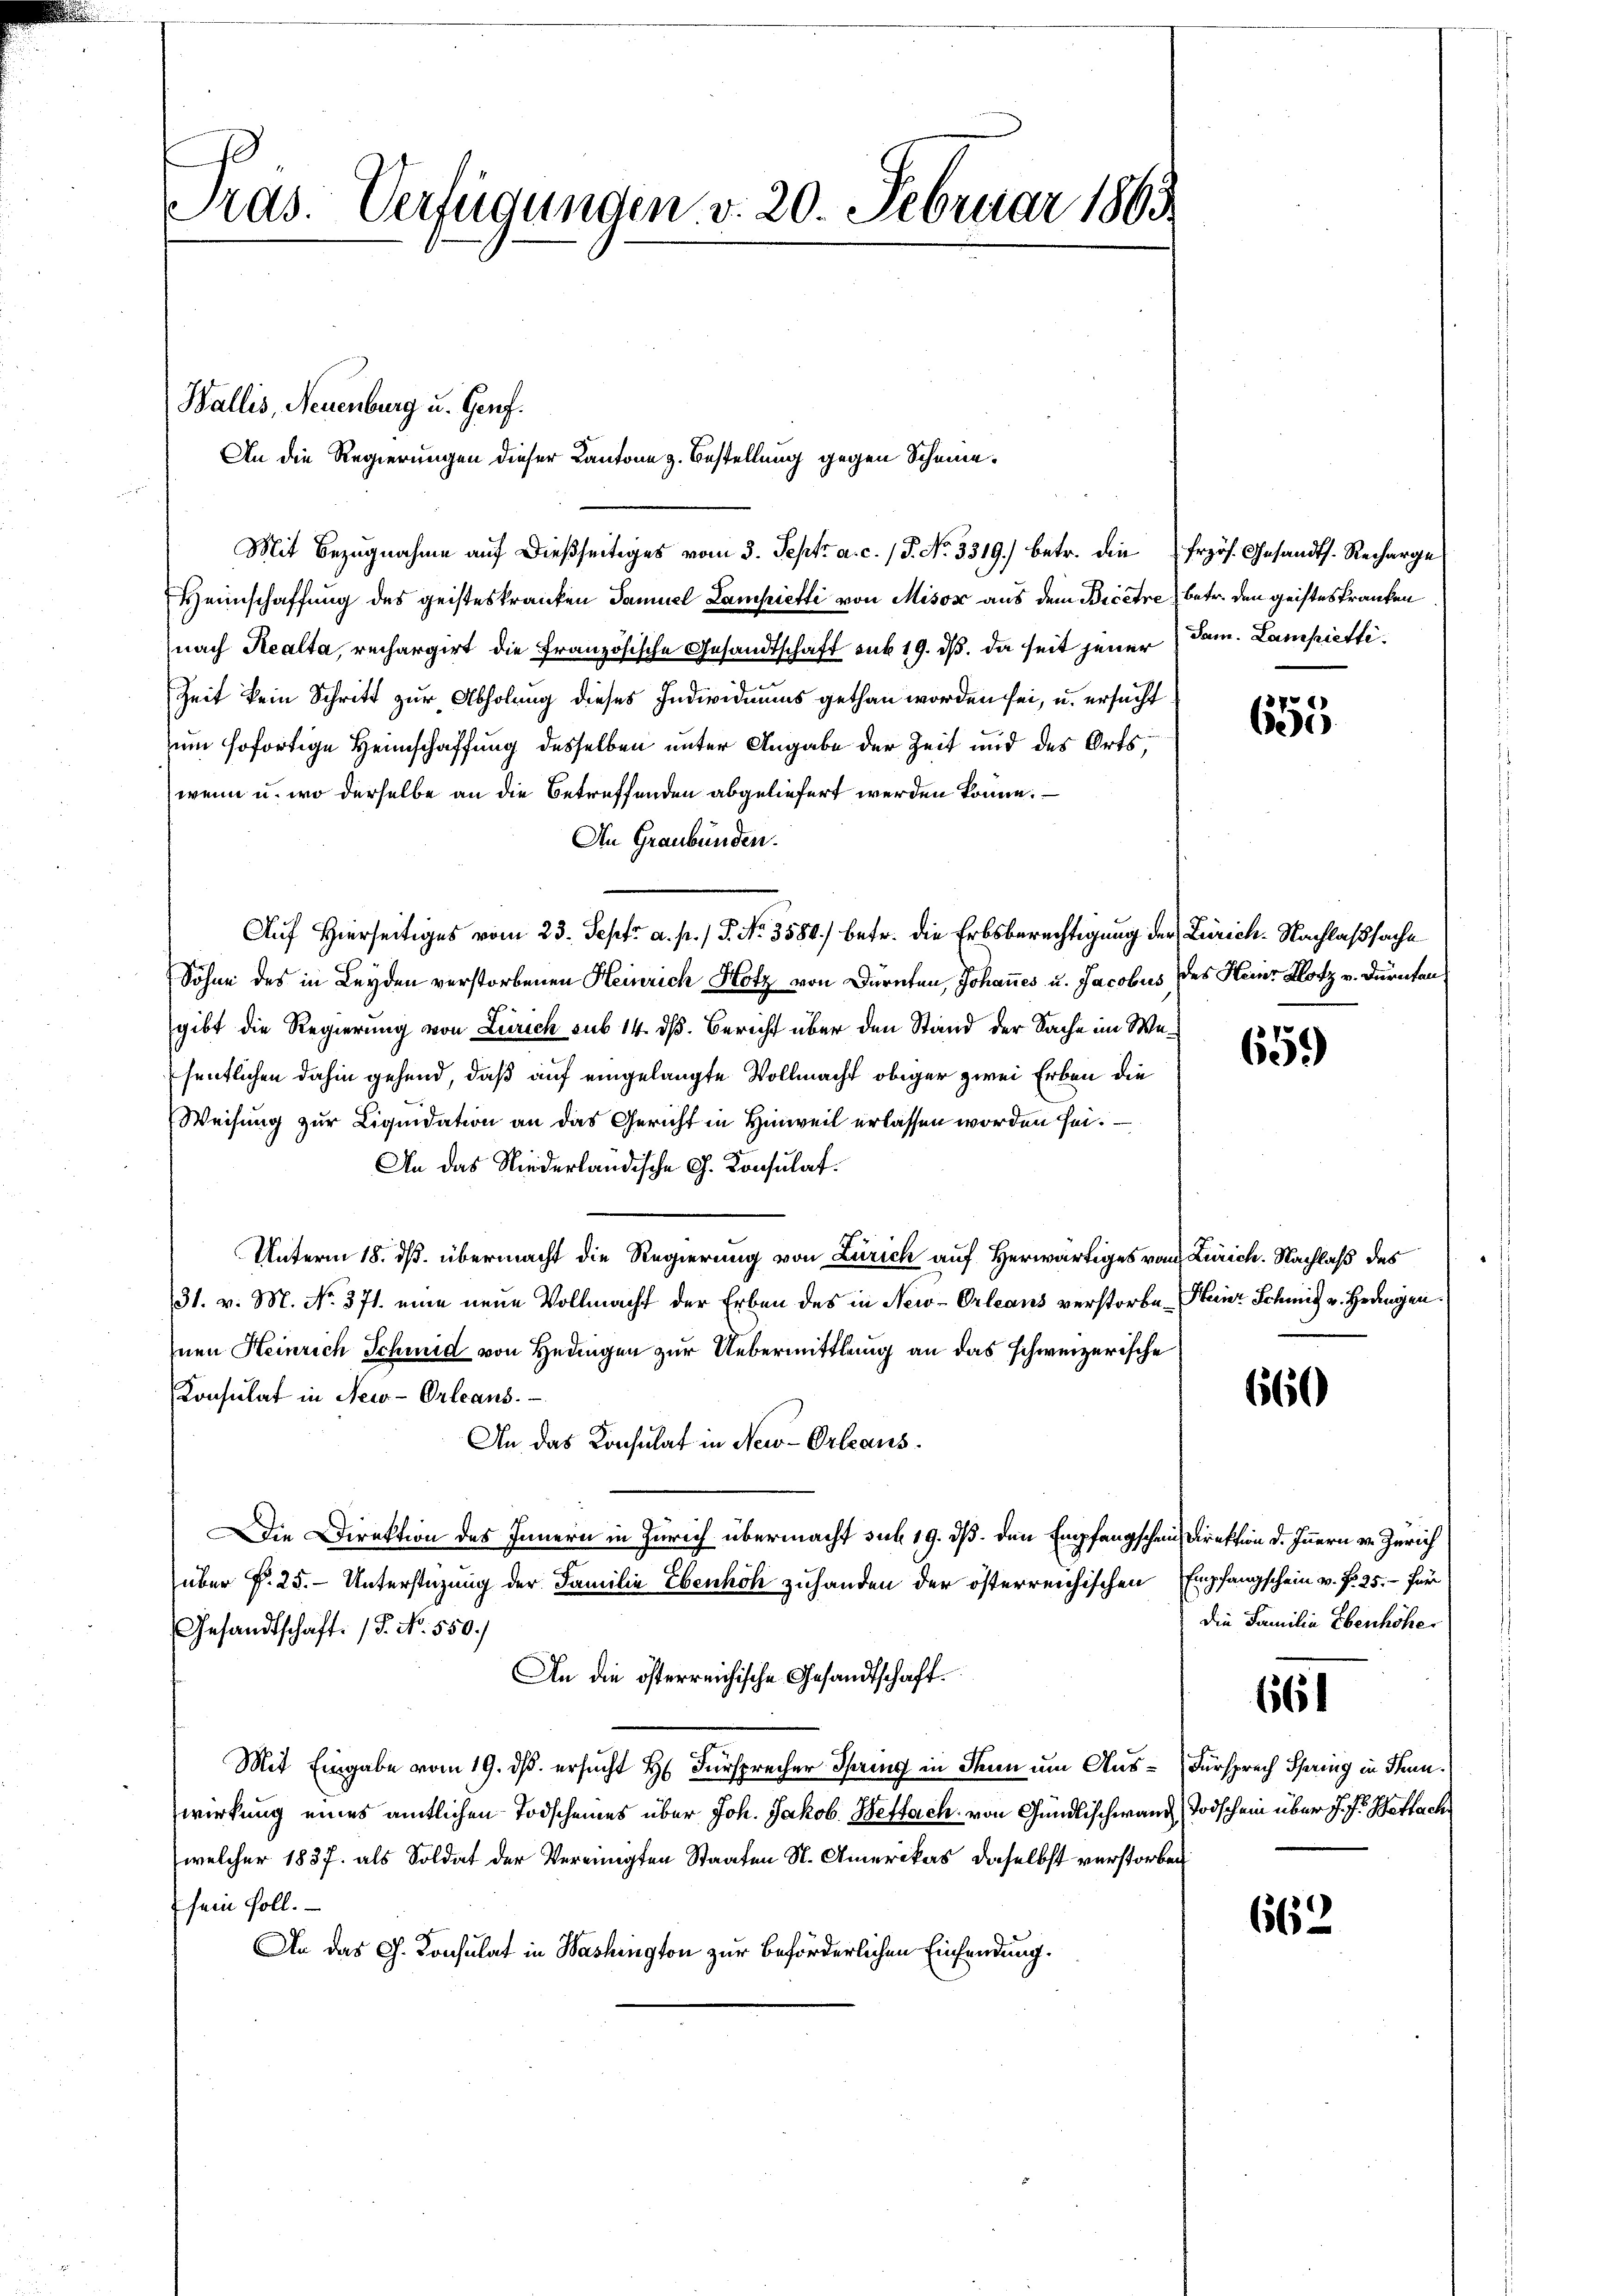
Tras. Verfügungen v. 20. Februar 1863.

An die Regierungen dieser Kantone z. Bestellung gegen Scheine¬
Mit Bezugnahme auf dießseitiges vom 3. Sept. a. c. (T. No 3319.) betr. die frzös. Gesandts. Recharge

Wallis, Neuenburg u. Genf.

Heimschaffung des geisteskranken Samuel Lampietti von Misor aus dem Bicere) betr. den geisteskranken
nach Realta, rechargirt die Französische Gesandtschaft sub 19. ds. da seit jener Jam. Lampietti¬
Zeit kein Schritt zur Abholung dieses Individiums gethan worden sei, u. ersucht
um sofortige Heimschaffung desselben unter Angabe der Zeit und des Orts,
wenn u. wo derselbe an die Betreffenden abgeliefert werden könne.
An Graubünden.
Auf Hierseitiges vom 23. Sept. a. p.) P. Nr. 3580.) betr. die Erbsberechtigung der Zürich-Nachlaßsache
Söhne des in Beyden verstorbenen Heinrich Hotz von Dürnten, Johannes u. Jacobus des Heinr Klotz v. Dürnten
gibt die Regierung von Zürich sub 14. dß. Bericht über den Stand der Sache im Wesentlichen dahin gehend, daß auf eingelangte Vollmacht obiger zwei Erben die
Weisung zur Liquidation an das Gericht in Hinweil erlassen worden sei.
An das Niederländische G. Konsulat
Unterm 18. ds. übermacht die Regierung von Zürich auf Herwärtiges von Zürich. Nachlaß des
31. v. M. No. 371. eine neue Vollmacht der Erben des in New-Orleans verstorben Steiner Schmitz v. Hangen.
nen Heinrich Schmid von Hedingen zur Uebermittlung an das schweizerische
Konsulat in New-Orleans.
An das Konsulat in New-Orleans
die Direktion des Innern in Zürich übermacht sub. 19. ds. den Empfangschein Direktion d. Innern v. Zürich
über §. 25. - Unterstüzung der Familie Ebenhöh zuhanden der österreichischen Empfangschein v. Pr. 25.- für
Gesandtschaft. (T. No. 550.
An die österreichische Gesandtschaft.
Mit Eingabe vom 19. ds. ersucht Hr. Fürsprecher Spring in denn um Aus-Fürsprech Spring in Franwirkung eines amtlichen Todscheines über Joh. Jakob. Beffach von Gündlischwan Todschein über J. J. Wettach
(welcher 1837. als Soldat der Vereinigten Staaten St. Amerikas, daselbst verstorben
sein soll.
An das G. Konsulat in Washington zur Beförderlichen Einsendung.

655

659

660

die Familie Ebenhöhe

661

662